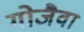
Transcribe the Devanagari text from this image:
गोजैवा